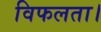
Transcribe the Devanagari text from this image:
विफलता।